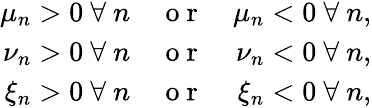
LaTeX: \begin{array}{rlr}{\mu_{n}>0\mathrm{~}\forall\mathrm{~}n}&{{}\mathrm{~o~r~}}&{\mu_{n}<0\mathrm{~}\forall\mathrm{~}n,}\\ {\nu_{n}>0\mathrm{~}\forall\mathrm{~}n}&{{}\mathrm{~o~r~}}&{\nu_{n}<0\mathrm{~}\forall\mathrm{~}n,}\\ {\xi_{n}>0\mathrm{~}\forall\mathrm{~}n}&{{}\mathrm{~o~r~}}&{\xi_{n}<0\mathrm{~}\forall\mathrm{~}n,}\end{array}